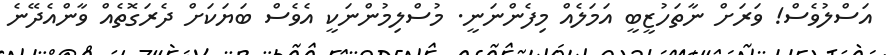
އަސްލުވެސް! ވަރަށް ނާތަހުޒީބީ އަމަލެއް މިފެންނަނީ. މުސްލިމުންނަކީ އެވެސް ބަޔަކަށް ދެރަގޮތެއް ވާންއެދޭނެ